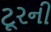
ટૂરની